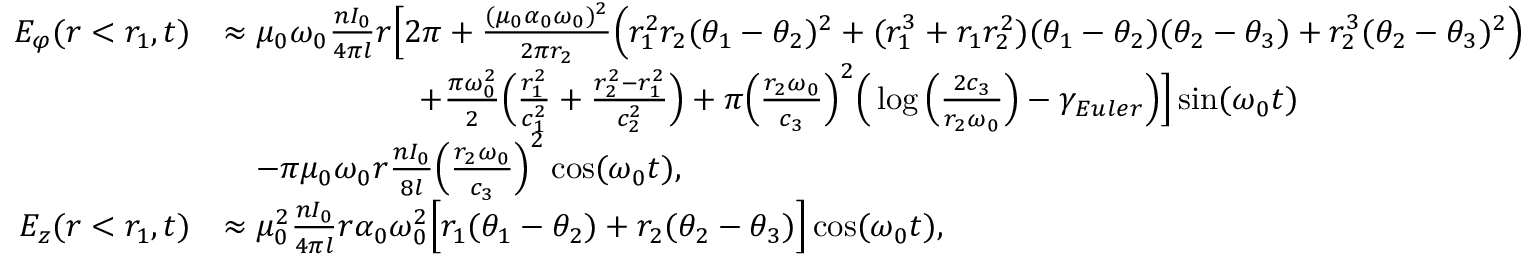
\begin{array} { r l } { E _ { \varphi } ( r < r _ { 1 } , t ) } & { \approx \mu _ { 0 } \omega _ { 0 } \frac { n I _ { 0 } } { 4 \pi l } r \Big [ 2 \pi + \frac { ( \mu _ { 0 } \alpha _ { 0 } \omega _ { 0 } ) ^ { 2 } } { 2 \pi r _ { 2 } } \Big ( r _ { 1 } ^ { 2 } r _ { 2 } ( \theta _ { 1 } - \theta _ { 2 } ) ^ { 2 } + ( r _ { 1 } ^ { 3 } + r _ { 1 } r _ { 2 } ^ { 2 } ) ( \theta _ { 1 } - \theta _ { 2 } ) ( \theta _ { 2 } - \theta _ { 3 } ) + r _ { 2 } ^ { 3 } ( \theta _ { 2 } - \theta _ { 3 } ) ^ { 2 } \Big ) } \\ & { \qquad \qquad \qquad + \frac { \pi \omega _ { 0 } ^ { 2 } } { 2 } \Big ( \frac { r _ { 1 } ^ { 2 } } { c _ { 1 } ^ { 2 } } + \frac { r _ { 2 } ^ { 2 } - r _ { 1 } ^ { 2 } } { c _ { 2 } ^ { 2 } } \Big ) + \pi \Big ( \frac { r _ { 2 } \omega _ { 0 } } { c _ { 3 } } \Big ) ^ { 2 } \Big ( \log \Big ( \frac { 2 c _ { 3 } } { r _ { 2 } \omega _ { 0 } } \Big ) - \gamma _ { E u l e r } \Big ) \Big ] \sin ( \omega _ { 0 } t ) } \\ & { \quad - \pi \mu _ { 0 } \omega _ { 0 } r \frac { n I _ { 0 } } { 8 l } \Big ( \frac { r _ { 2 } \omega _ { 0 } } { c _ { 3 } } \Big ) ^ { 2 } \cos ( \omega _ { 0 } t ) , } \\ { E _ { z } ( r < r _ { 1 } , t ) } & { \approx \mu _ { 0 } ^ { 2 } \frac { n I _ { 0 } } { 4 \pi l } r \alpha _ { 0 } \omega _ { 0 } ^ { 2 } \Big [ r _ { 1 } ( \theta _ { 1 } - \theta _ { 2 } ) + r _ { 2 } ( \theta _ { 2 } - \theta _ { 3 } ) \Big ] \cos ( \omega _ { 0 } t ) , } \end{array}